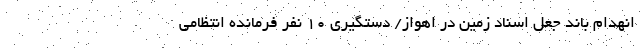
انهدام باند جعل اسناد زمین در اهواز/ دستگیری 10 نفر فرمانده انتظامی